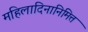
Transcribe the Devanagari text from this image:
महिलादिनानिमित्त